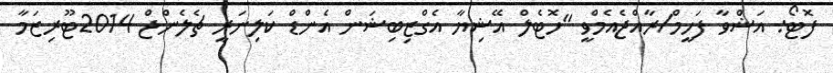
ފޮޓޯ: އަޝްވާ ފަހީމް/ރާއްޖެއެމްވީ "ހޮޓެލް އޭޝިޔާ އެގްޒިބިޝަން އެންޑް ކަލިނަރީ ޗެލެންޖް 2014ޓޫރިޒަމާ